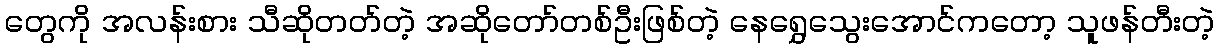
တွေကို အလန်းစား သီဆိုတတ်တဲ့ အဆိုတော်တစ်ဦးဖြစ်တဲ့ နေရွှေသွေးအောင်ကတော့ သူဖန်တီးတဲ့